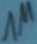
Text: 1M